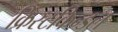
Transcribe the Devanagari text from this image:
क्रिस्टकिन्डल